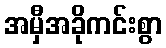
အမှီအခိုကင်းစွာ